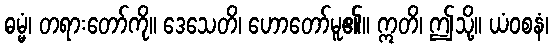
ဓမ္မံ၊ တရားတော်ကို။ ဒေသေတိ၊ ဟောတော်မူ၏။ ဣတိ၊ ဤသို့။ ယံဝစနံ၊